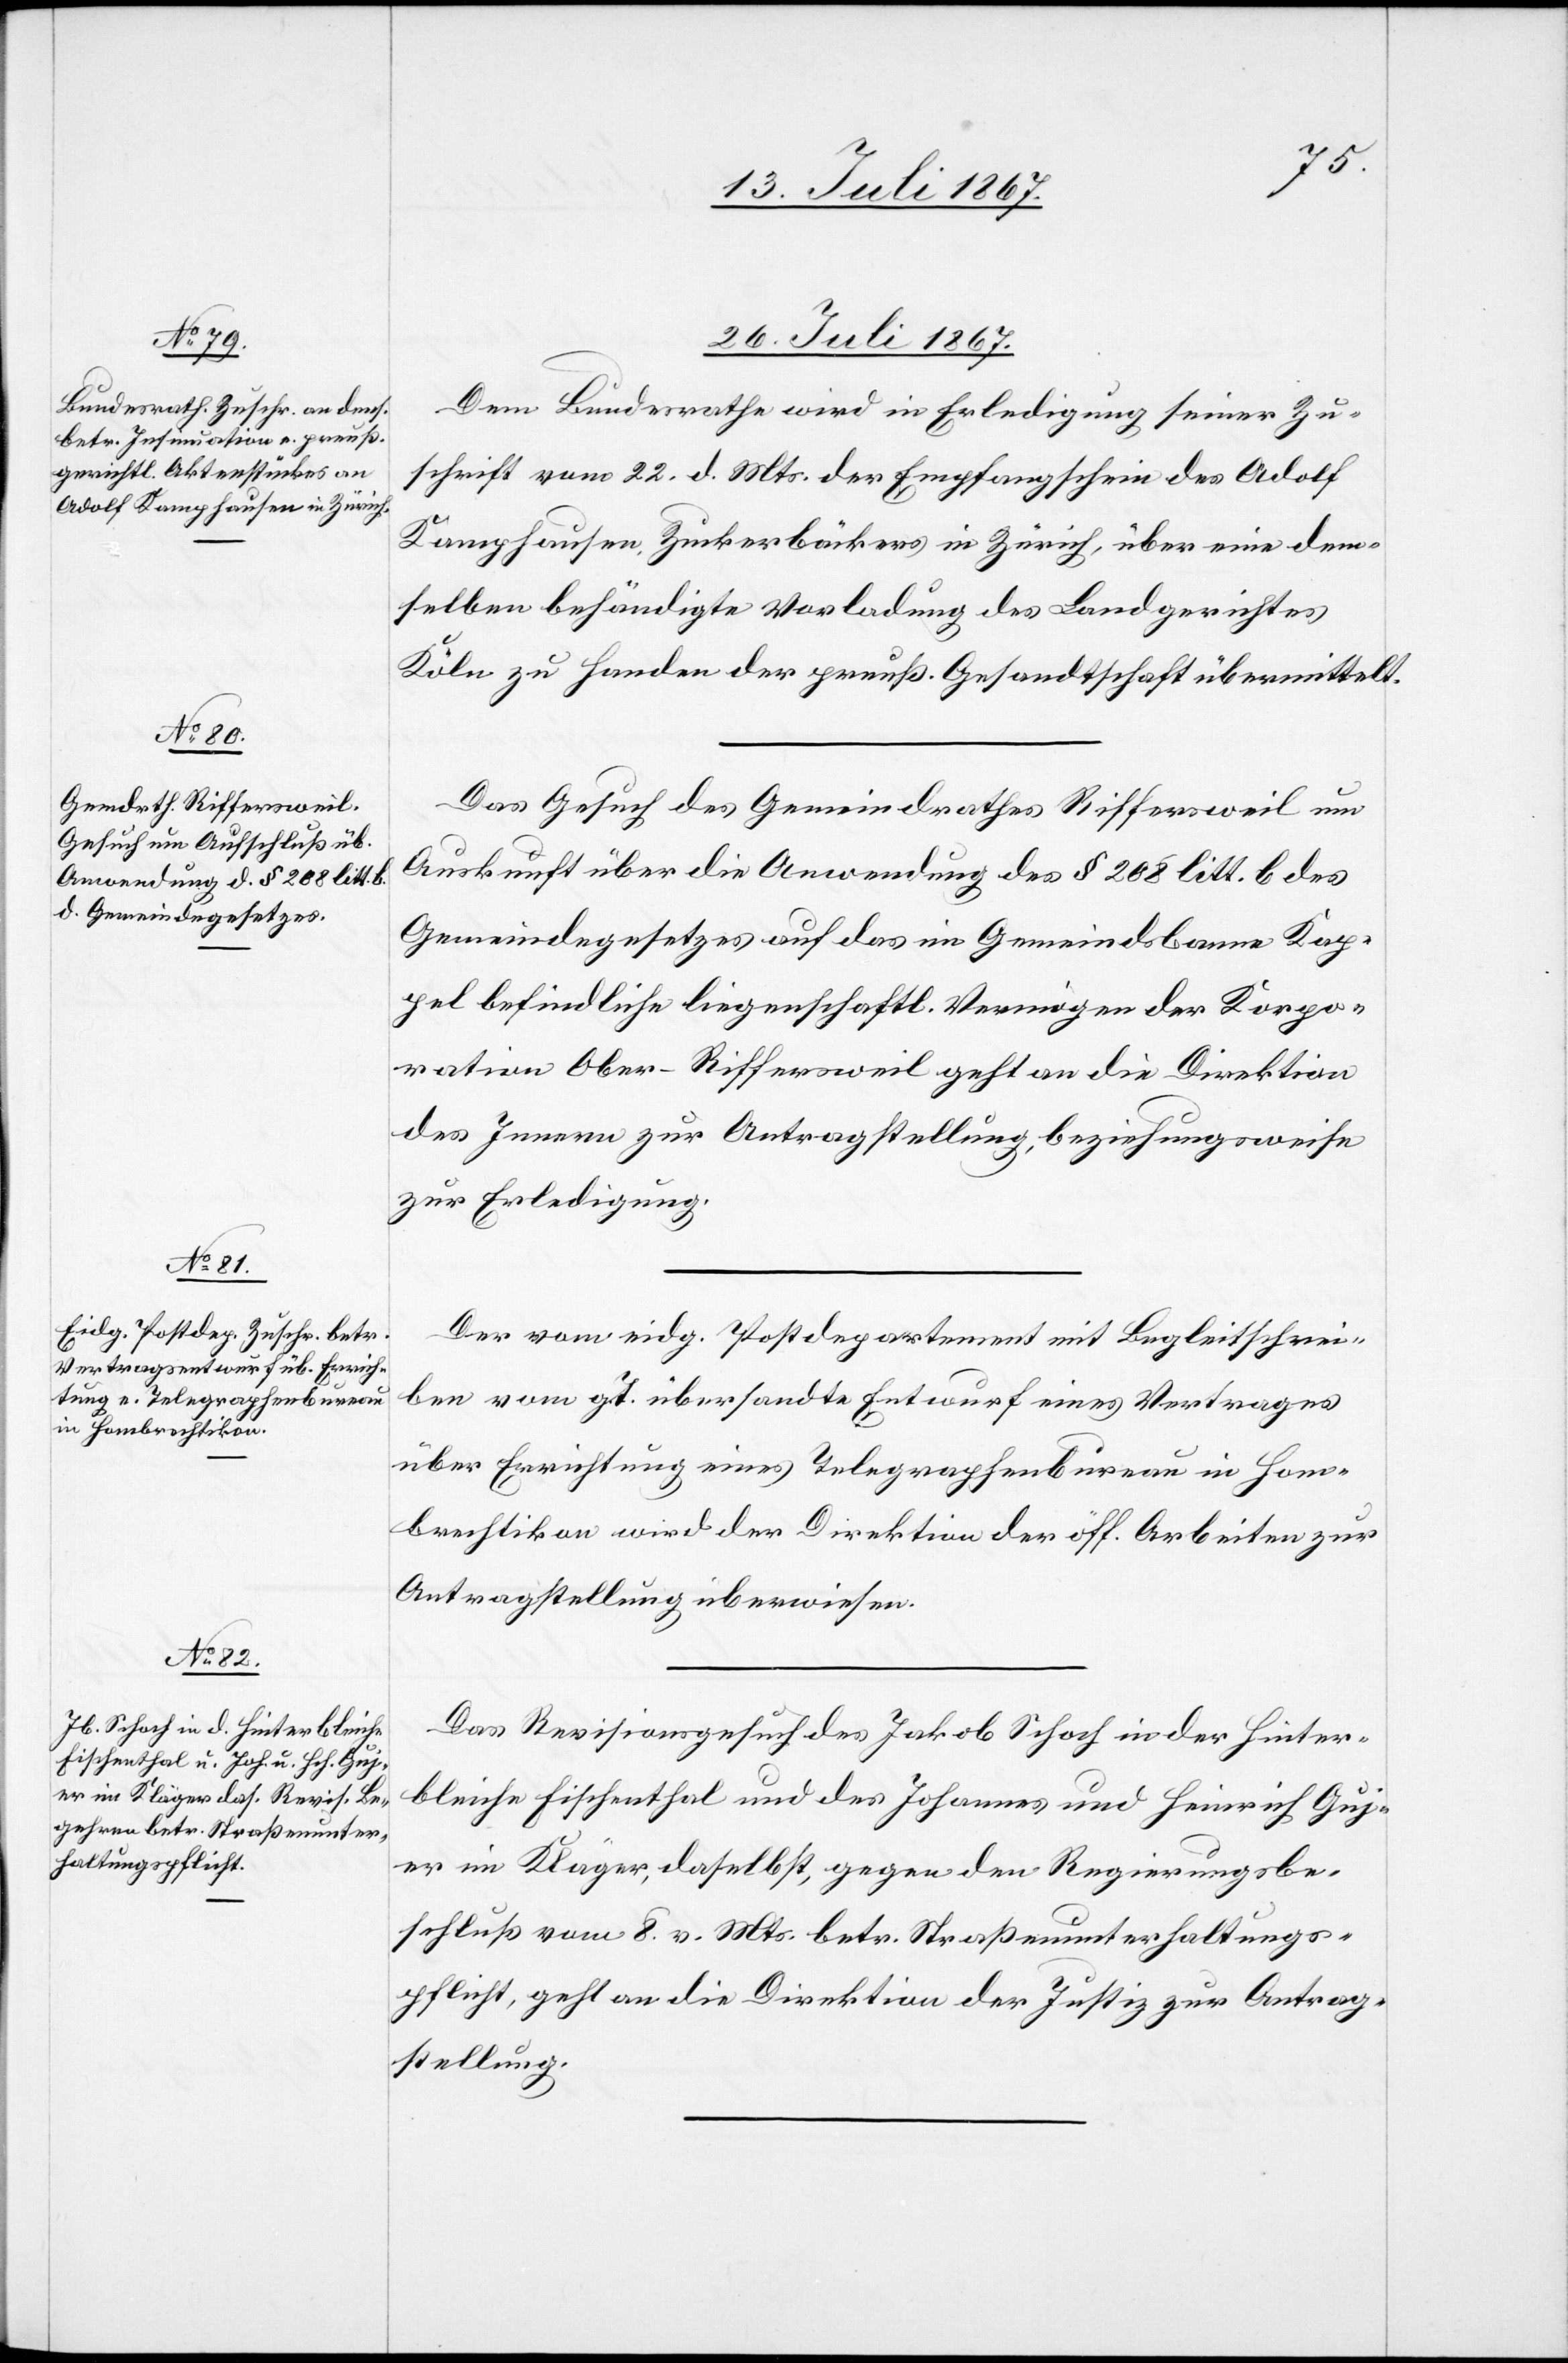
26. Juli 1867.]
Dem Bundesrathe wird in Erledigung seiner Zu¬
schrift vom 22. d. Mts. der Empfangschein des Adolf
Kampfhausen, Zuckerbäckers in Zürich, über eine dem¬
selben behändigte Vorladung des Landgerichtes
Köln zu Handen der preuß. Gesandtschaft übermittelt.
Das Gesuch des Gemeindrathes Riffersweil um
Auskunft über die Anwendung des § 208 litt. b des
Gemeindegesetzes auf das im Gemeindsbanne Kap¬
pel befindliche liegenschaftl. Vermögen der Korpo¬
ration Ober-Riffersweil geht an die Direktion
des Innern zur Antragstellung, beziehungsweise
zur Erledigung.
Der vom eidg. Postdepartement mit Begleitschrei¬
ben vom g. T. übersandte Entwurf eines Vertrages
über Errichtung eines Telegraphenbureau in Hom¬
brechtikon wird der Direktion der öff. Arbeiten zur
Antragstellung überwiesen.
Das Revisionsgesuch des Jakob Schoch in der Hinter¬
bleiche Fischenthal und des Johannes und Heinrich Guj¬
er im Kläger, daselbst, gegen den Regierungsbe¬
schluß vom 8. v. Mts betr. Straßenunterhaltungs¬
pflicht, geht an die Direktion der Justiz zur Antrag¬
stellung.